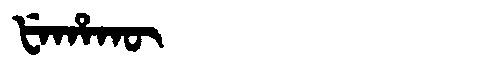
Manchu: ᡶᡝᡥᠠᡴᡡ
Romanization: FEHAKŪ